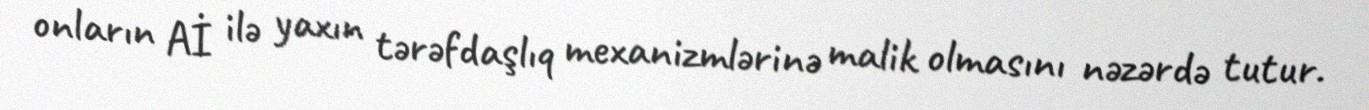
onların Aİ ilə yaxın tərəfdaşlıq mexanizmlərinə malik olmasını nəzərdə tutur.